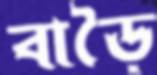
বাড়ৈ